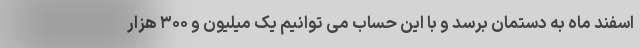
اسفند ماه به دستمان برسد و با این حساب می توانیم یک میلیون و ۳۰۰ هزار